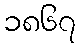
၁၈၆၇